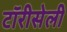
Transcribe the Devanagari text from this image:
टॉरीसेली